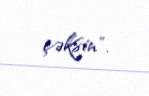
çəksin".